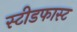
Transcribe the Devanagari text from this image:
स्टीडफास्ट